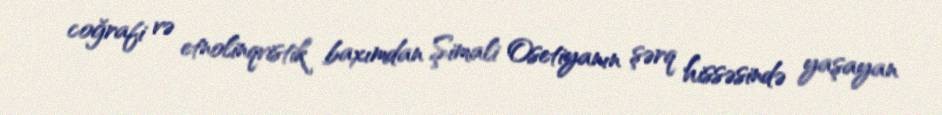
coğrafi və etnolinqvistik baxımdan Şimali Osetiyanın şərq hissəsində yaşayan